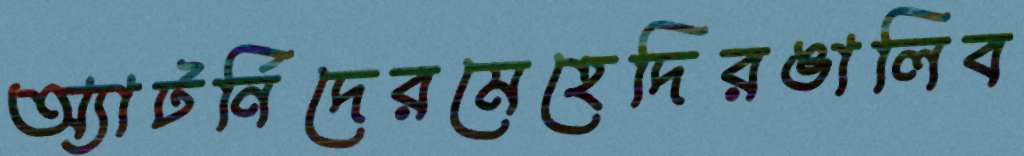
অ্যাটর্নিদেরমেহেদিরঙালিব